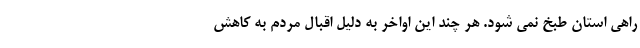
راهی استان طبخ نمی شود. هر چند این اواخر به دلیل اقبال مردم به کاهش